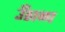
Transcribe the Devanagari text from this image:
उँठाळा